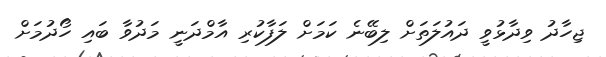
ޖިހާދު ވިދާޅުވީ ދައުލަތަށް ލިބޭނެ ކަމަށް ލަފާކުރި އާމްދަނީ މަދުވާ ބައި ހޯދުމަށް